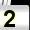
Digit: 2